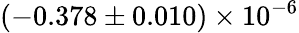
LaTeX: (-0.378\pm 0.010)\times 10^{-6}